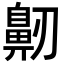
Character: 𪖔